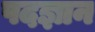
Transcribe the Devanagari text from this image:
पदज्ञान